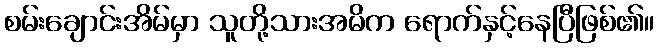
စမ်းချောင်းအိမ်မှာ သူတို့သားအမိက ရောက်နှင့်နေပြီဖြစ်၏။